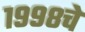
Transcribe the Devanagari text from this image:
१९९८चे